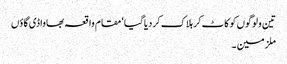
تین ولوگوں کو کاٹ کر ہلاک کردیاگیا‘ مقام واقعہ بھاواڈی گاؤں
ملزمین ۔